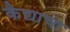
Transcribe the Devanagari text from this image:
कैद्याचा